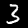
Label: 3